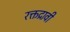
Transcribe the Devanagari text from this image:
रक्तद्रावी